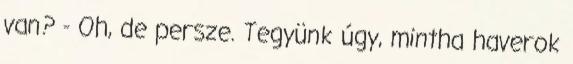
van? - Oh, de persze. Tegyünk úgy, mintha haverok